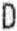
D